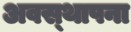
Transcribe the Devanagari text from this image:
अवस्‍थापना